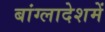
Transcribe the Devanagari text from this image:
बांग्लादेशमें